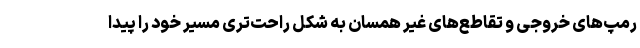
رمپ‌های خروجی و تقاطع‌های غیر همسان به شکل راحت‌تری مسیر خود را پیدا